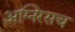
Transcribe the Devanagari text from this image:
अग्निरसच